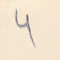
4